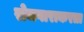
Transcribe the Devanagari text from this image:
रोजगाराकरता